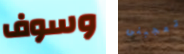
وسوف تعجبنى